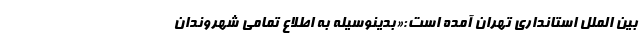
بین الملل استانداری تهران آمده است:«بدینوسیله به اطلاع تمامی شهروندان